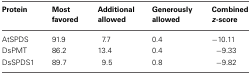
| Protein | Most favored | Additional allowed | Generously allowed | Combined z-score |
 | --- | --- | --- | --- | --- |
 | AtSPDS | 91.9 | 7.7 | 0.4 | −10.11 |
 | DsPMT | 86.2 | 13.4 | 0.4 | −9.33 |
 | DsSPDS1 | 89.7 | 9.5 | 0.8 | −9.82 |